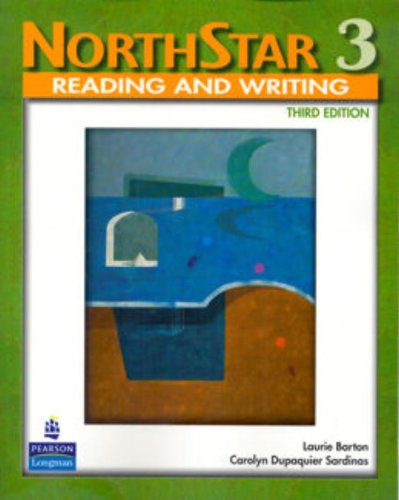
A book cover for NorthStar, Level 3: Reading and Writing; Reference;